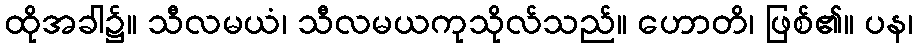
ထိုအခါ၌။ သီလမယံ၊ သီလမယကုသိုလ်သည်။ ဟောတိ၊ ဖြစ်၏။ ပန၊